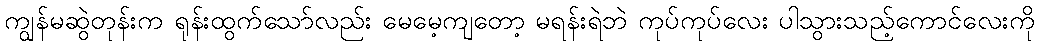
ကျွန်မဆွဲတုန်းက ရုန်းထွက်သော်လည်း မေမေ့ကျတော့ မရန်းရဲဘဲ ကုပ်ကုပ်လေး ပါသွားသည့်ကောင်လေးကို